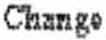
CHANGE